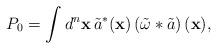
LaTeX: \begin{align*} P_{0}=\int d^n \mathbf{x} \, \tilde{a}^*(\mathbf{x}) \left(\tilde{\omega}\ast\tilde{a}\right) (\mathbf{x} ),\end{align*}